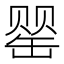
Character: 罂